Black-water fever - Number 35
Disease focus: Fever
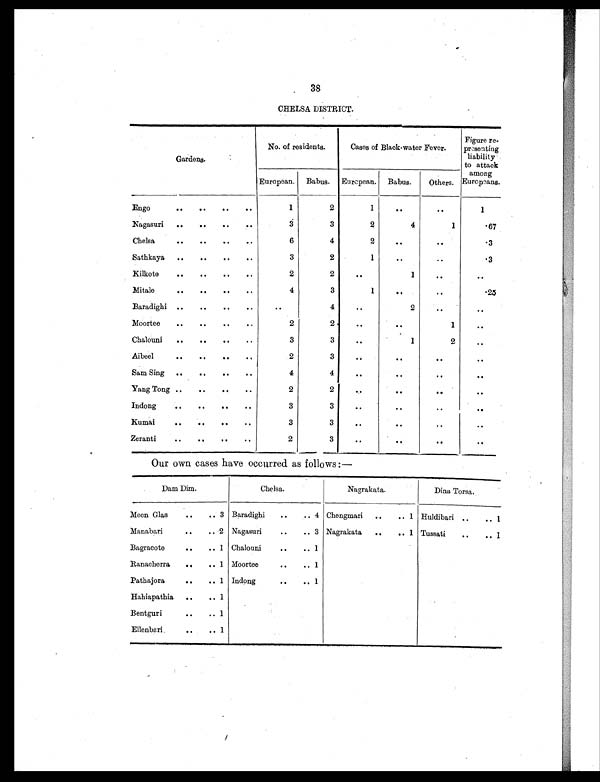
38
CHELSA DISTRICT.
Gardens.
No. of residents.
Cases of Black-water Fever.
Figure re-
presenting
liability
to attack
among
Europeans.
European. Babus. European. Babus. Others.
Engo
.. ..
. . ..
1
2
1
. .
. . 1
Nagasuri .. ..
. . ..
3
3
2
4
1
. 67
Chelsa
. .
. .
. .
. .
6
4
2
. .
. .
.3
Sathkaya ..
. . .. ..
3
2
1
. .
. .
.3
Kilkote
. . ..
. .
. .
2
2
. .
1
. .
. .
Mitale
. .
. . ..
. .
4
3
1
. .
. . .25
Baradighi .. ..
. .
. .
. .
4
..
2
..
..
Moortee
. . ..
. . ..
2
2
..
..
1
..
Chalouni . .
. . ..
. .
3
3
. .
1
2
. .
Aibeel
. .
. .
. . ..
2
3
..
. .
. .
. .
Sam Sing .. ..
. .
. .
4
4
..
. . ..
. .
Yang Tong .. .. ..
. .
2
2
..
. .
. .
. .
Indong
. . ..
. .
. .
3
3
. .
. .
. .
. .
Kumai
.. .. ..
. .
3
3
..
..
..
..
Zeranti
. .
. .
. . ..
2
3
..
. .
. . ..
Our own cases have occurred as follows:—
Dam Dim.
Chelsa.
Nagrakata.
Dina Torsa.
Meen Glas
. . .. 3 Baradighi .. .. 4 Chengmari
. . .. 1 Huldibari .. .. 1
Manabari
.. .. 2 Nagasuri
. . .. 3 Nagrakata .. .. 1 Tussati .. .. 1
Bagracote
. .
. . 1 Chalouni
. . .. 1
Ranacherra .. .. 1 Moortee
.. .. 1
Pathajora
. . .. 1 Indong
. . .. 1
Hahiapathia .. .. 1
Bentguri
. . .. 1
Ellenbari
.. .. 1